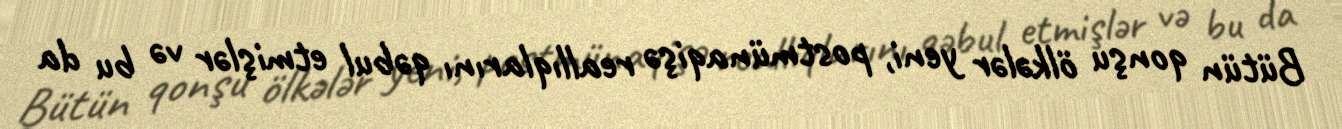
Bütün qonşu ölkələr yeni, postmünaqişə reallıqlarını qəbul etmişlər və bu da